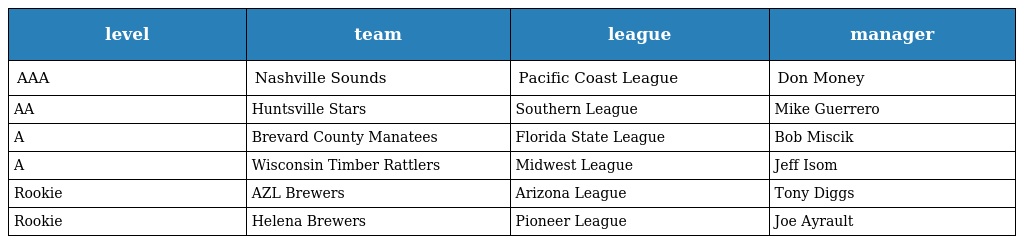
| level | team | league | manager |
 | --- | --- | --- | --- |
 | AAA | Nashville Sounds | Pacific Coast League | Don Money |
 | AA | Huntsville Stars | Southern League | Mike Guerrero |
 | A | Brevard County Manatees | Florida State League | Bob Miscik |
 | A | Wisconsin Timber Rattlers | Midwest League | Jeff Isom |
 | Rookie | AZL Brewers | Arizona League | Tony Diggs |
 | Rookie | Helena Brewers | Pioneer League | Joe Ayrault |